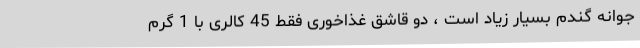
جوانه گندم بسیار زیاد است ، دو قاشق غذاخوری فقط 45 کالری با 1 گرم